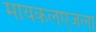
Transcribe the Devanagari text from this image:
मायकलएंजेलो